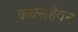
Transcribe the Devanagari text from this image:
कक्सहैवन